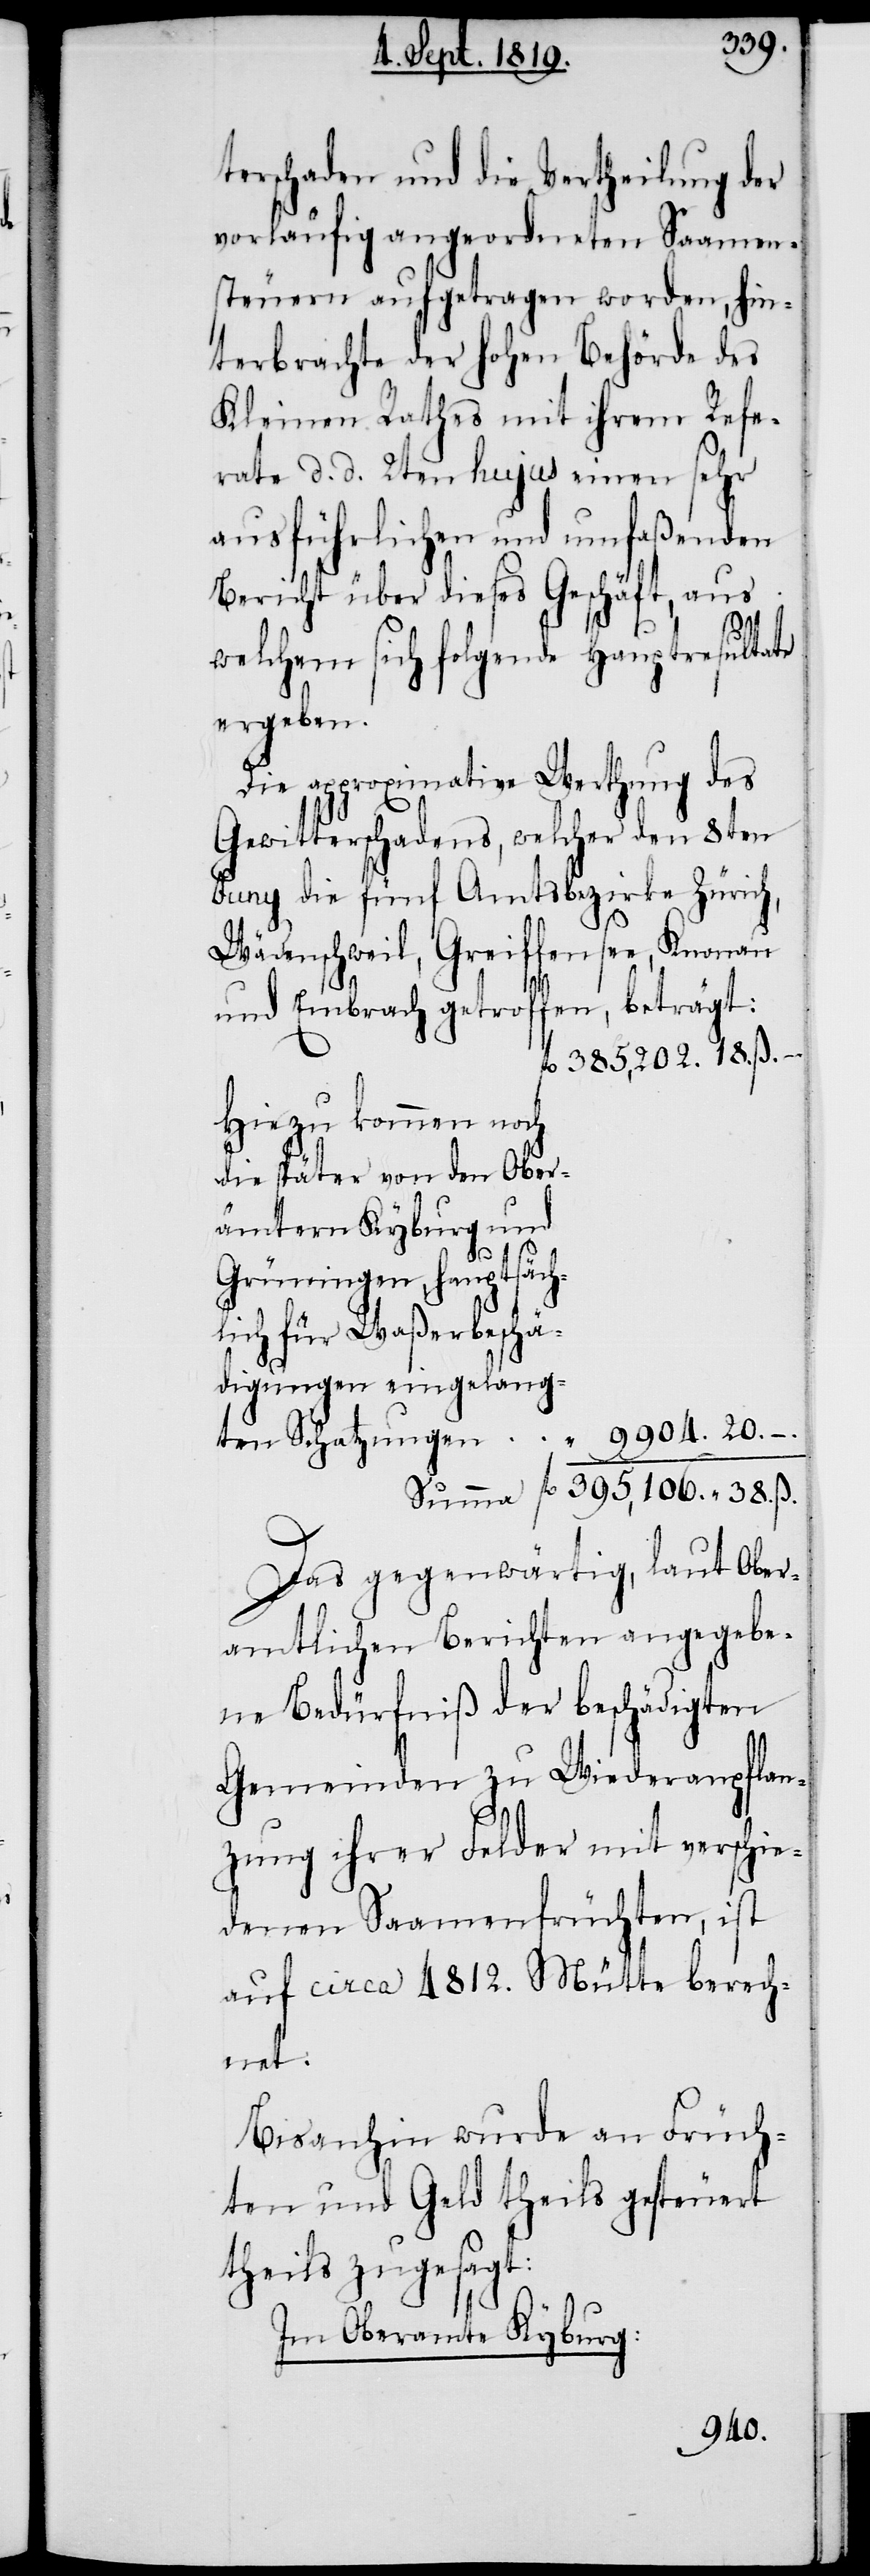
terschaden und die Vertheilung der
vorläufig angeordneten Saamen¬
steuern aufgetragen worden, hin¬
terbrachte der hohen Behörde des
Kleinen Rathes mit ihrem Refe¬
rate d. d. 2ten hujus einen sehr
ausführlichen und umfaßenden
Bericht über dieses Geschäft, aus
welchem sich folgende Hauptresultate
ergeben.
Die approximative Werthung des
Gewitterschadens, welcher den 8ten
Juny die fünf Amtsbezirke Zürich,
Wädenschweil, Greiffensee, Knonau
und Embrach getroffen, beträgt:
fl. 385,202. 18. ß. –.
Hiezu kommen noch
die später von den Oberä¬
beschä¬
Grüningen, Hauptsäch¬
digungen eingelang¬
" 9904. 20. –.
ten Schatzungen
Summe fl. 395,106. " 38. ß.
Das gegenwärtige, laut Ober¬
amtlichen Berichten angegebe¬
ne Bedürfnis der beschädigten
Gemeinden zu Wiederanpflan¬
zung ihrer Felder mit verschie¬
denen Saamenfrüchten, ist
auf circa 4812. Mütte berech¬
net.
Bisanhin wurde an Früch¬
ten und Geld theils gesteuert
theils zugesagt:
Im Oberamte Kyburg: